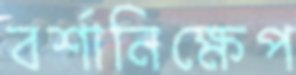
বর্শানিক্ষেপ